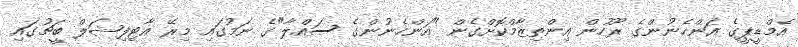
އެމްޑީޕީގެ އަންހެނުންގެ ރޫހުން އިންތިޒާމްކޮށްގެން "އަންހެނުންގެ ސައްލާ"ގެ ނަމުގައި މިރޭ އާޓިފިޝަލް ބީޗުގައި